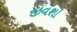
જીવશો